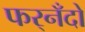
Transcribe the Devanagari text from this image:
फर्‌नँदो